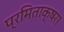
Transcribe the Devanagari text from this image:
प्रमिताक्षरा